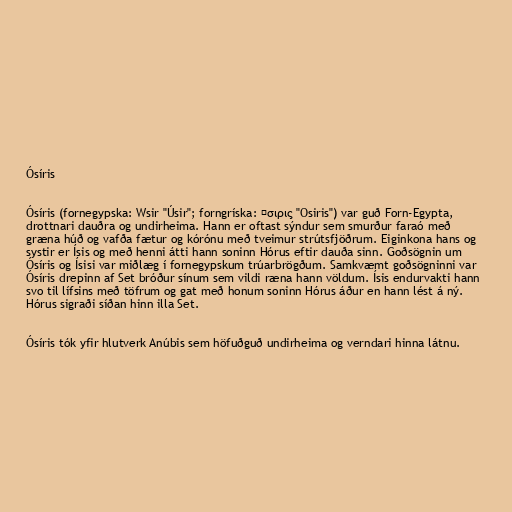
Ósíris

Ósíris (fornegypska: Wsir "Úsir"; forngríska: Ὄσιρις "Osiris") var guð Forn-Egypta,
drottnari dauðra og undirheima. Hann er oftast sýndur sem smurður faraó með
græna húð og vafða fætur og kórónu með tveimur strútsfjöðrum. Eiginkona hans og
systir er Ísis og með henni átti hann soninn Hórus eftir dauða sinn. Goðsögnin um
Ósíris og Ísisi var miðlæg í fornegypskum trúarbrögðum. Samkvæmt goðsögninni var
Ósíris drepinn af Set bróður sínum sem vildi ræna hann völdum. Ísis endurvakti hann
svo til lífsins með töfrum og gat með honum soninn Hórus áður en hann lést á ný.
Hórus sigraði síðan hinn illa Set.

Ósíris tók yfir hlutverk Anúbis sem höfuðguð undirheima og verndari hinna látnu.